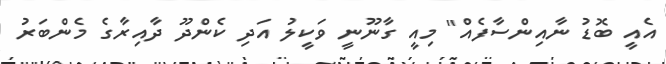
އެއީ ބޮޑު ނާއިންސާފެއް" މިއީ ގާނޫނީ ވަކީލު އަދި ކެންދޫ ދާއިރާގެ މެންބަރު